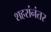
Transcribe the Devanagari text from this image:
शहरांनंतर